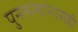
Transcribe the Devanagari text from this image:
पुनरुत्थानासही